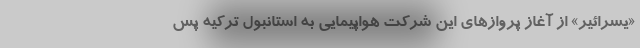
«یسرائیر» از آغاز پروازهای این شرکت هواپیمایی به استانبول ترکیه پس